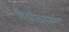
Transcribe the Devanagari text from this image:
विधीसारख्या